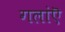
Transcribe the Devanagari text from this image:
गलांऎ